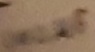
Text: 100µF